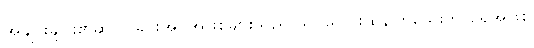
အချင်းချင်း၏ဆွဲငင်ခြင်းအင်အားစုများသည် သိပ်မပြင်းထန်ကြသေးဘဲ ရေအဖြစ်